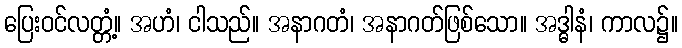
ပြေးဝင်လတ္တံ့။ အဟံ၊ ငါသည်။ အနာဂတံ၊ အနာဂတ်ဖြစ်သော။ အဒ္ဓါနံ၊ ကာလ၌။